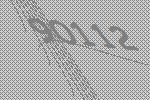
90112